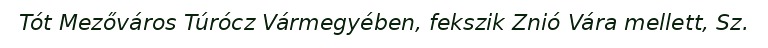
Tót Mezőváros Túrócz Vármegyében, fekszik Znió Vára mellett, Sz.